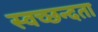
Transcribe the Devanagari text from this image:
स्‍वच्‍छन्‍दता